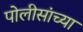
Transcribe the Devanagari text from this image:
पोलीसांच्या